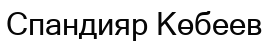
Спандияр Көбеев